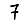
Digit: 7